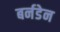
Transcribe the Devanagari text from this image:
बर्नडेन